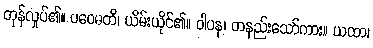
တုန်လှုပ်၏။ ပဝေဓတိ၊ ယိမ်းယိုင်၏။ ဝါပန၊ တနည်းသော်ကား။ ယထာ၊